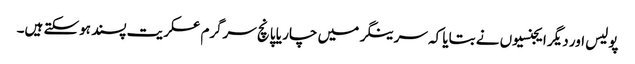
پولیس اور دیگر ایجنسیوں نے بتایا کہ سرینگر میں چار یا پانچ سرگرم عسکریت پسند ہوسکتے ہیں۔